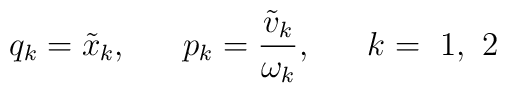
q_{k}=\tilde x_{k},~~~~~p_{k}=\frac {\tilde v_{k}}{\omega _{k}},~~~~~k=~1,~2